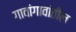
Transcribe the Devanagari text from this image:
गावांगावांतील